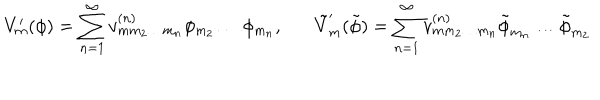
V _ { m } ^ { \prime } ( \phi ) = \sum _ { n = 1 } ^ { \infty } v _ { m m _ { 2 } \ldots m _ { n } } ^ { ( n ) } \phi _ { m _ { 2 } } \ldots \phi _ { m _ { n } } , \tilde { V } _ { m } ^ { \prime } ( \tilde { \phi } ) = \sum _ { n = 1 } ^ { \infty } v _ { m m _ { 2 } \ldots m _ { n } } ^ { ( n ) } \tilde { \phi } _ { m _ { n } } \ldots \tilde { \phi } _ { m _ { 2 } }